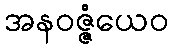
အနဝဇ္ဇံယေဝ